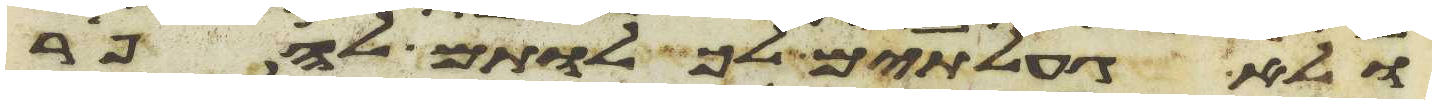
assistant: ולא געלתים לכלותם להפר